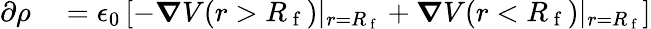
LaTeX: \begin{array}{rl}{\partial\rho}&{{}=\epsilon_{0}\left[-\boldsymbol{\nabla}V(r>R_{\mathrm{~f~}})\vert_{r=R_{\mathrm{~f~}}}+\boldsymbol{\nabla}V(r<R_{\mathrm{~f~}})\vert_{r=R_{\mathrm{~f~}}}\right]}\end{array}